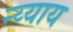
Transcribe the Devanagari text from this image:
न्य्याय